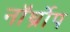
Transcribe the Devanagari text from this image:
नॉर्थ्रोप